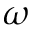
\omega